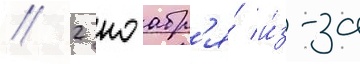
// 2 ноабр'я́ и́з-за